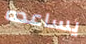
يساعده